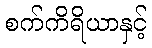
စက်ကိရိယာနှင့်